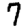
Digit: 7